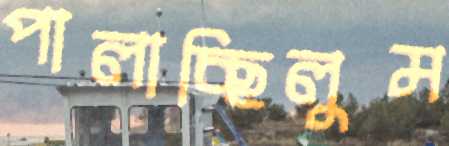
পালাচ্ছিলুম